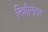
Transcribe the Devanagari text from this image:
तिशीनंतर